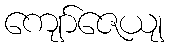
ကျော်ဇေယျ